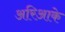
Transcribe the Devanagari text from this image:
अरिआके